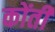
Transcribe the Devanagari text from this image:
कोंती